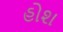
હોશ